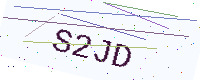
Text: S2JD